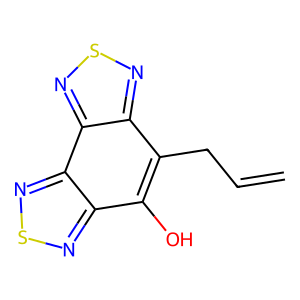
SMILES: C=CCc1c(O)c2nsnc2c2nsnc12
Inhibits HIV replication: No